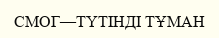
СМОГ—ТҮТІНДІ ТҰМАН